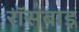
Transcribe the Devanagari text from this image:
रॉसबाइ